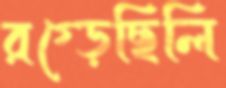
রগ্‌ড়েছিলি